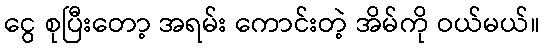
ငွေ စုပြီးတော့ အရမ်း ကောင်းတဲ့ အိမ်ကို ဝယ်မယ်။